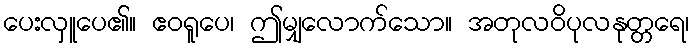
ပေးလှူပေ၏။ ဧဝရူပေ၊ ဤမျှလောက်သော။ အတုလဝိပုလနုတ္တရေ၊